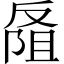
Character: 𪠭